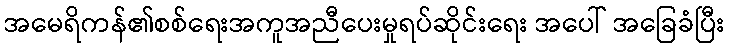
အမေရိကန်၏စစ်ရေးအကူအညီပေးမှုရပ်ဆိုင်းရေး အပေါ် အခြေခံပြီး